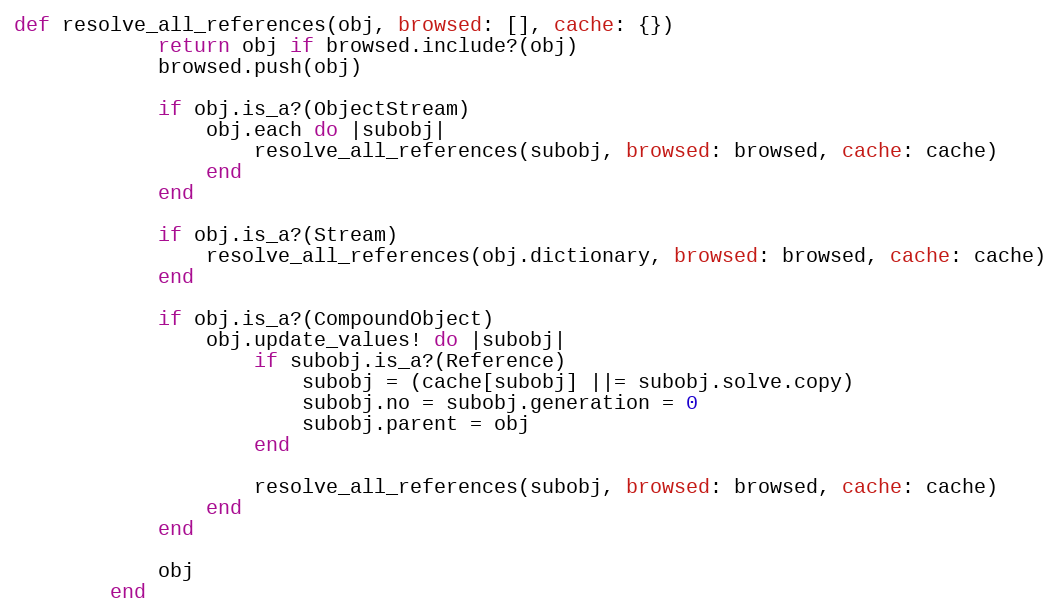
Language: Ruby
def resolve_all_references(obj, browsed: [], cache: {})
            return obj if browsed.include?(obj)
            browsed.push(obj)

            if obj.is_a?(ObjectStream)
                obj.each do |subobj|
                    resolve_all_references(subobj, browsed: browsed, cache: cache)
                end
            end

            if obj.is_a?(Stream)
                resolve_all_references(obj.dictionary, browsed: browsed, cache: cache)
            end

            if obj.is_a?(CompoundObject)
                obj.update_values! do |subobj|
                    if subobj.is_a?(Reference)
                        subobj = (cache[subobj] ||= subobj.solve.copy)
                        subobj.no = subobj.generation = 0
                        subobj.parent = obj
                    end

                    resolve_all_references(subobj, browsed: browsed, cache: cache)
                end
            end

            obj
        end